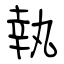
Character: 執